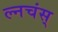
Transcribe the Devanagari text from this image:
ल्नचंस्